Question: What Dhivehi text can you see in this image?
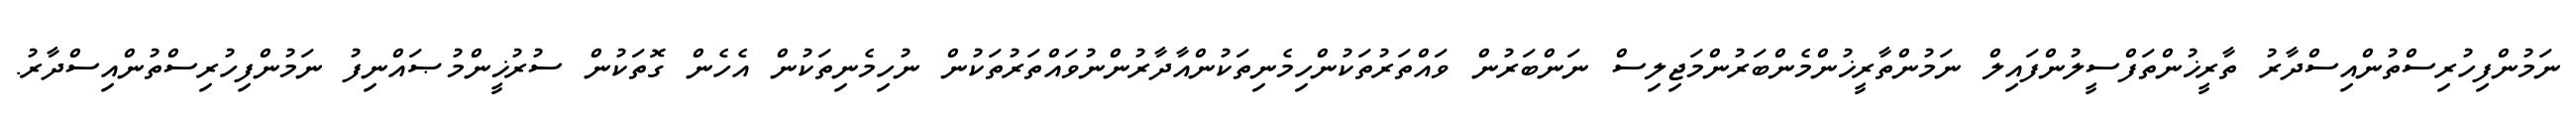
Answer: ނަމުންފިހުރިސްތުންއިސްދާރު ތާރީޚުންތަފްސީލުންފައިލް ނަމުންތާރީޚުންމެންބަރުންމަޖިލިސް ނަންބަރުން ވައްތަރުތަކުންހިމެނިތަކުންއާދާރުންނުވައްތަރުތަކުން ނުހިމެނިތަކުން އެހެން ގޮތަކުން ސުރުޚީންމުޞައްނިފު ނަމުންފިހުރިސްތުންއިސްދާރު.